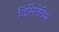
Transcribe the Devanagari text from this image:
दिसिंतेग्रिन